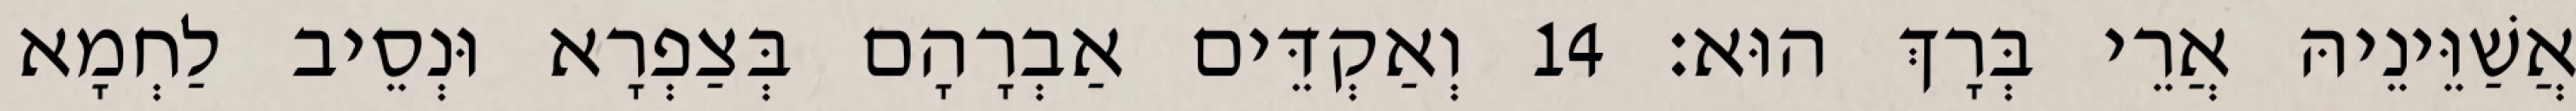
אֲשַׁוֵּינֵיהּ אֲרֵי בְּרָךְ הוּא׃ 14 וְאַקְדֵּים אַבְרָהָם בְּצַפְרָא וּנְסֵיב לַחְמָא